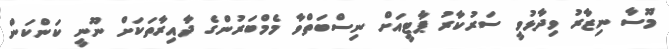
މޫސާ ނިޒާރު ވިދާޅުވީ ސަރުކާރު ޕާޓީއަށް ނިސްބަތްވާ މެމްބަރުންގެ ދާއިރާތަކަށް ނޫނީ ކަންކަން